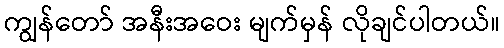
ကျွန်တော် အနီးအဝေး မျက်မှန် လိုချင်ပါတယ်။